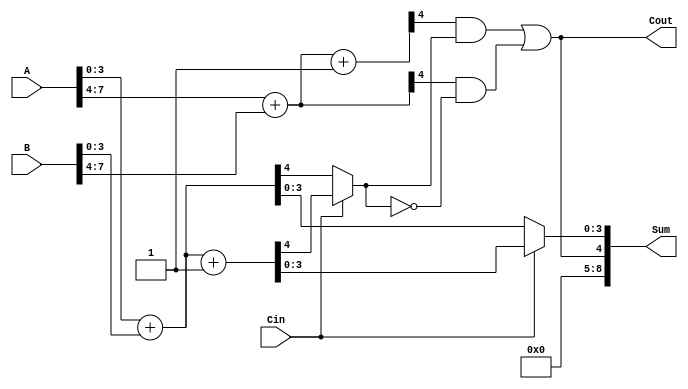
module DynamicCarrySelectAdder #(parameter N = 8, BLOCK_SIZE = 4) (
    input  [N-1:0] A,
    input  [N-1:0] B,
    input          Cin,
    output [N:0]  Sum,
    output         Cout
);
    
    localparam BLOCKS = N / BLOCK_SIZE;
    wire [BLOCK_SIZE-1:0] sum0 [0:BLOCKS-1], sum1 [0:BLOCKS-1];
    wire carry0 [0:BLOCKS-1], carry1 [0:BLOCKS-1];
    wire carry_in [0:BLOCKS-1];
    wire [BLOCK_SIZE-1:0] selected_sum;
    wire selected_cout;

    // Generate carry_in for the blocks
    assign carry_in[0] = Cin;
    
    genvar i;
    generate
        for (i = 0; i < BLOCKS; i = i + 1) begin : block
            wire [BLOCK_SIZE-1:0] a_slice = A[i*BLOCK_SIZE +: BLOCK_SIZE];
            wire [BLOCK_SIZE-1:0] b_slice = B[i*BLOCK_SIZE +: BLOCK_SIZE];
            wire carry_in_current = carry_in[i];

            // Full adder calculations for Cin = 0
            wire [BLOCK_SIZE:0] sum_temp0 = {1'b0, a_slice} + {1'b0, b_slice};
            assign sum0[i] = sum_temp0[BLOCK_SIZE-1:0];
            assign carry0[i] = sum_temp0[BLOCK_SIZE];

            // Full adder calculations for Cin = 1
            wire [BLOCK_SIZE:0] sum_temp1 = {1'b0, a_slice} + {1'b0, b_slice} + 1;
            assign sum1[i] = sum_temp1[BLOCK_SIZE-1:0];
            assign carry1[i] = sum_temp1[BLOCK_SIZE];

            // Carry select logic
            if (i < BLOCKS - 1) begin
                assign carry_in[i+1] = carry_in_current ? carry1[i] : carry0[i];
            end
        end
    endgenerate

    // Select the final sum and cout
    generate
        for (i = 0; i < BLOCKS; i = i + 1) begin : select
            if (i == 0) begin
                assign selected_sum[i*BLOCK_SIZE +: BLOCK_SIZE] = carry_in[i] ? sum1[i] : sum0[i];
            end else begin
                assign selected_sum[i*BLOCK_SIZE +: BLOCK_SIZE] = carry_in[i] ? sum1[i] : sum0[i];
            end
        end
    endgenerate

    // Final carry out
    assign Cout = carry1[BLOCKS-1] & carry_in[BLOCKS-1] | carry0[BLOCKS-1] & ~carry_in[BLOCKS-1];
    assign Sum = {Cout, selected_sum};

endmodule